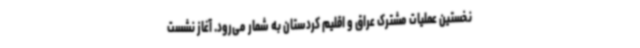
نخستین عملیات مشترک عراق و اقلیم کردستان به شمار می‌رود. آغاز نشست